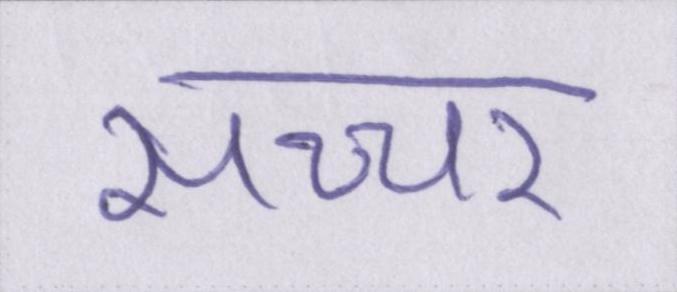
सच्चर